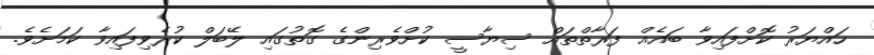
ހައްޔަރު ކޮށްފައިވާ ބައެއް ފަރާތްތައް ސިޔާސީ ކުށްވެރިންގެ ގޮތުގައި ލޭބަލް ކުރެވިފައިވާ ކަމަށެވެ.